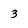
Character: 3